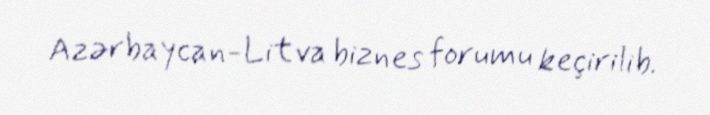
Azərbaycan-Litva biznes forumu keçirilib.